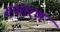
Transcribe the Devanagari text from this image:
रूपंतरण